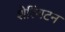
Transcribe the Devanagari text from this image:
शेरिंगटन